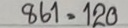
861 = 120